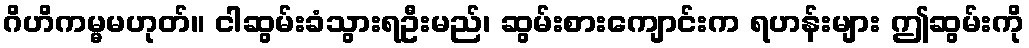
ဂိဟိကမ္မမဟုတ်။ ငါဆွမ်းခံသွားရဦးမည်၊ ဆွမ်းစားကျောင်းက ရဟန်းများ ဤဆွမ်းကို